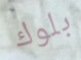
بلوك